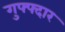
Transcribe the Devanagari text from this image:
गुफ्फ्दार